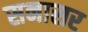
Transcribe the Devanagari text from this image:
सनासर